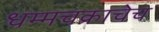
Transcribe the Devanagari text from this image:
धम्मचक्राचेच